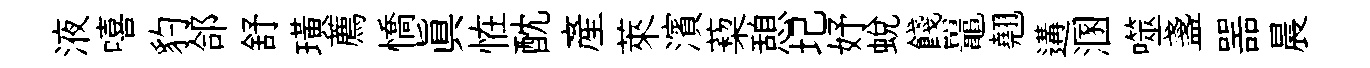
液嘻豹郃舒璜薦憍真恠酖産萊濱蔾憩圮妤蛻餞鼉翹遘溷噬盞噐晨